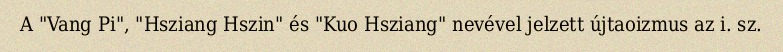
A "Vang Pi", "Hsziang Hszin" és "Kuo Hsziang" nevével jelzett újtaoizmus az i. sz.